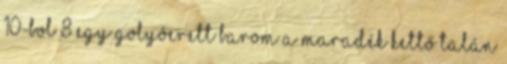
10-bol 8 egy golyóerett barom a maradék kettő talán